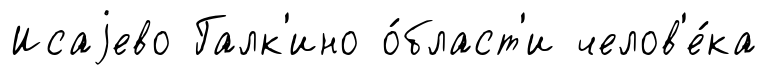
Исаjево Галк'ино о́бласт'и челов'е́ка